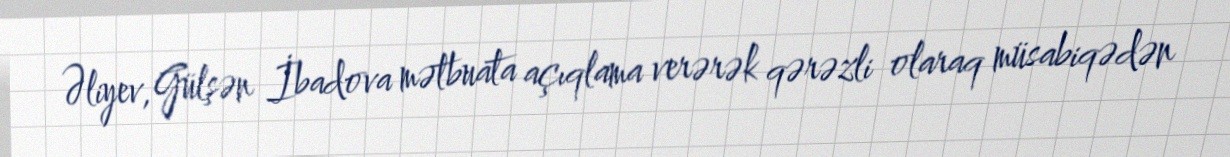
Əliyev, Gülşən İbadova mətbuata açıqlama verərək qərəzli olaraq müsabiqədən